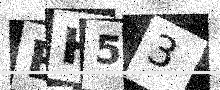
Text: EH53